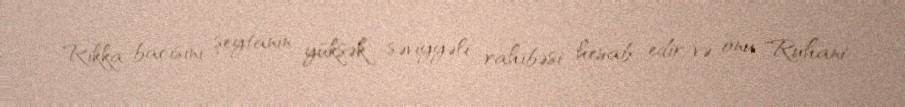
Rikka bacısını şeytanın yüksək səviyyəli rahibəsi hesab edir və onu "Ruhani